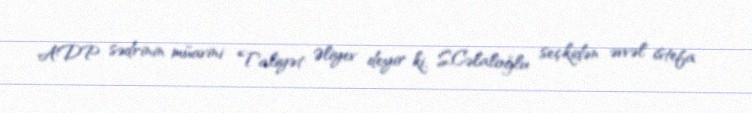
ADP sədrinin müavini Taliyət Əliyev deyir ki, S.Cəlaloğlu seçkidən əvvəl istefa